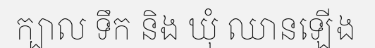
ក្បាល ទឹក និង ឃុំ ឈានឡើង